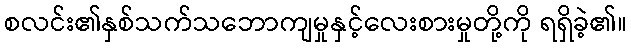
စလင်း၏နှစ်သက်သဘောကျမှုနှင့်လေးစားမှုတို့ကို ရရှိခဲ့၏။